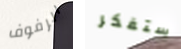
الرفوف ستفكر